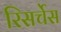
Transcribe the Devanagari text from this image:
रिसर्चेस